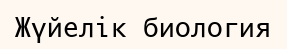
Жүйелік биология